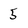
Character: 5